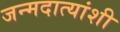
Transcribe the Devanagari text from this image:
जन्मदात्यांशी